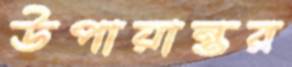
উপায়ান্তর